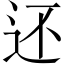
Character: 还